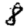
Digit: 8